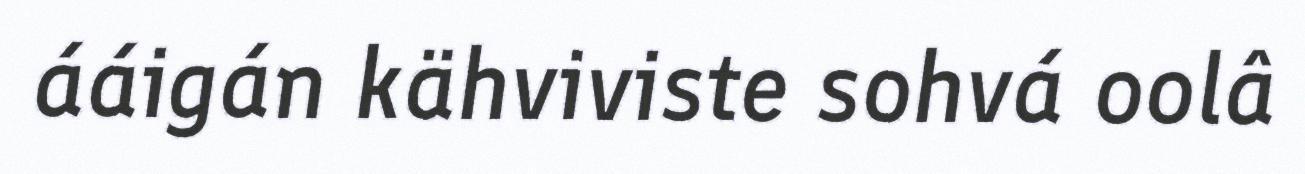
ááigán kähviviste sohvá oolâ